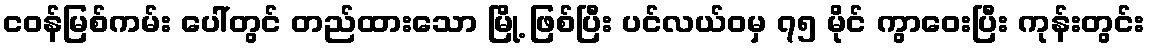
ငဝန်မြစ်ကမ်း ပေါ်တွင် တည်ထားသော မြို့ ဖြစ်ပြီး ပင်လယ်ဝမှ ၇၅ မိုင် ကွာဝေးပြီး ကုန်းတွင်း